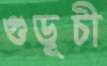
গুড়ূচী